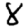
Digit: 8